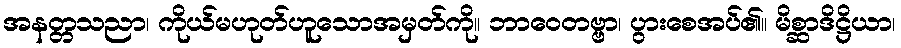
အနတ္တသညာ၊ ကိုယ်မဟုတ်ဟူသောအမှတ်ကို။ ဘာဝေတဗ္ဗာ၊ ပွားစေအပ်၏။ မိစ္ဆာဒိဋ္ဌိယာ၊